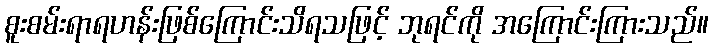
စူးစမ်းရာရဟန်းဖြစ်ကြောင်းသိရသဖြင့် ဘုရင်ကို အကြောင်းကြားသည်။